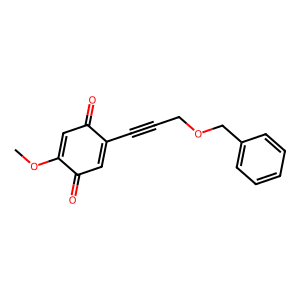
SMILES: COC1=CC(=O)C(C#CCOCc2ccccc2)=CC1=O
Inhibits HIV replication: No